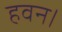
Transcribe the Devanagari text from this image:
हवन।